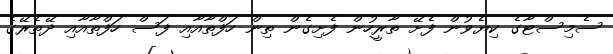
ސެމިސްޓާގެ ކިޔެވުން ފެށޭ ތާރީހުން ފެށިގެން ތިން ހަފްތާއާއި ފަސް ހަފްތާއާއި ދޭތެރޭގެ